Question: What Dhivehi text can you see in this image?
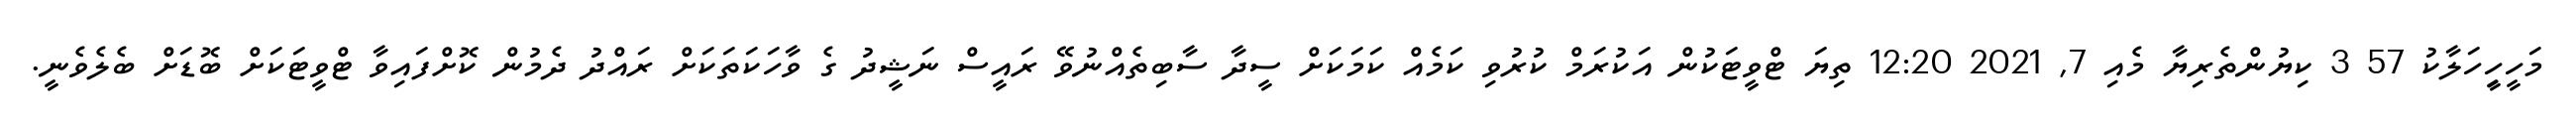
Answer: މަހީހިީހަލާކު 57 3 ކިޔުންތެރިޔާ މެއި 7, 2021 12:20 ތިޔަ ޓްވީޓަކުން އަކުރަމް ކުރުވި ކަމެއް ކަމަކަށް ސީދާ ސާބިތެއްނުވޭ ރައީސް ނަޝީދު ގެ ވާހަކަތަކަށް ރައްދު ދެމުން ކޮށްފައިވާ ޓްވީޓަކަށް ބޮޑަށް ބެލެވެނީ.